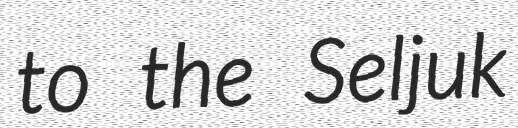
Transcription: to the Seljuk